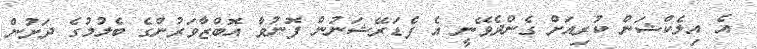
އެ އިލެކްޝަން ކުރިއަށް ގެންދެވޭނީ އެ ފެޑަރޭޝަނުން ފޮނުވާ އޮބްޒާވަރުންގެ ބެލުމުގެ ދަށުން